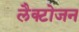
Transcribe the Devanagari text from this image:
लैक्टोजन